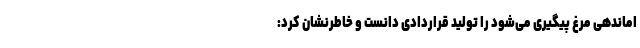
اماندهی مرغ پیگیری می‌شود را تولید قراردادی دانست و خاطرنشان کرد: